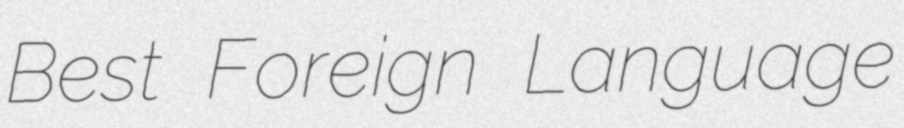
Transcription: Best Foreign Language